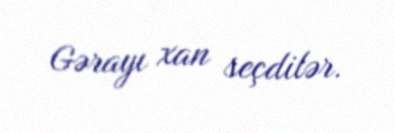
Gərayı xan seçdilər.